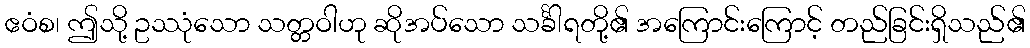
ဧဝံစ၊ ဤသို့ ဥဿုံသော သတ္တဝါဟု ဆိုအပ်သော သင်္ခါရတို့၏ အကြောင်းကြောင့် တည်ခြင်းရှိသည်၏